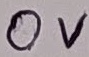
Text: 0V